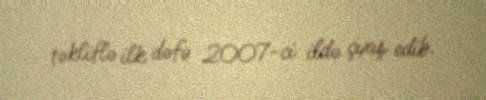
təkliflə ilk dəfə 2007-ci ildə çıxış edib.